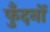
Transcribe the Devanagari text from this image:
फुँदनों